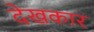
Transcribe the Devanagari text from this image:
देखकार